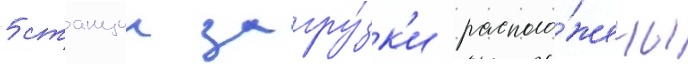
5 станции загру́зк'и располо́жены